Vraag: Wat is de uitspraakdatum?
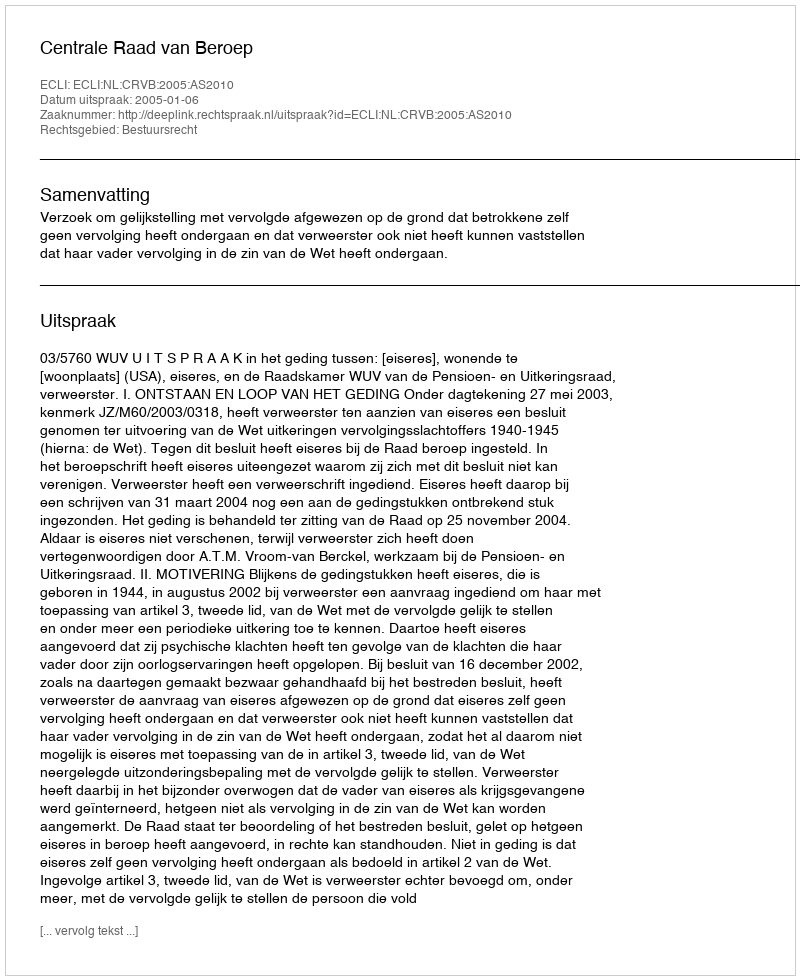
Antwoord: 2005-01-06